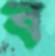
ব